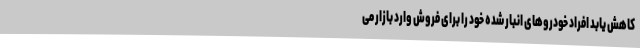
کاهش یابد افراد خودروهای انبار شده خود را برای فروش وارد بازار می